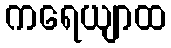
ကရေယျာထ